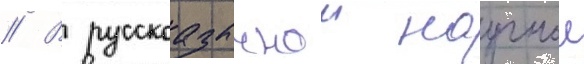
// В русскоазычнои научнои